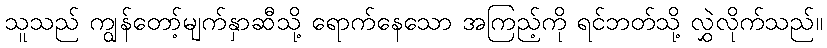
သူသည် ကျွန်တော့်မျက်နှာဆီသို့ ရောက်နေသော အကြည့်ကို ရင်ဘတ်သို့ လွှဲလိုက်သည်။